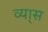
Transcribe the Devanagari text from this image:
व्या्स